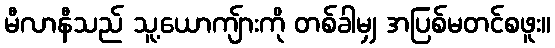
မီလာနီသည် သူ့ယောကျ်ားကို တစ်ခါမျှ အပြစ်မတင်စဖူး။